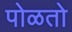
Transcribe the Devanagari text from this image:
पोळतो